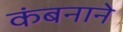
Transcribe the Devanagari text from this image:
कंबनाने